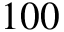
1 0 0